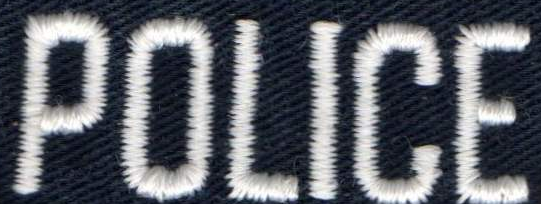
POLICE